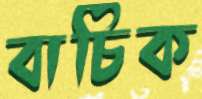
বাচিক